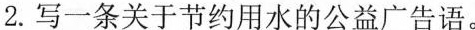
2.写一条关于节约用水的公益广告语。